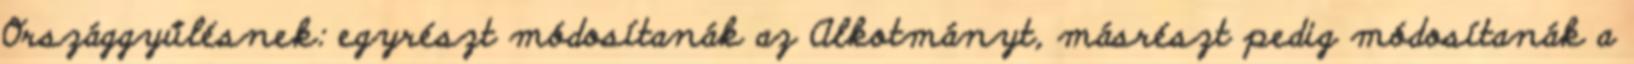
Országgyűlésnek: egyrészt módosítanák az Alkotmányt, másrészt pedig módosítanák a